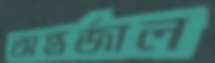
অন্তর্জাল